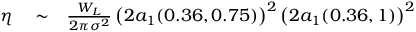
\begin{array} { r l r } { \eta } & { { } \sim } & { \frac { W _ { L } } { 2 \pi \sigma ^ { 2 } } \left( 2 a _ { 1 } ( 0 . 3 6 , 0 . 7 5 ) \right) ^ { 2 } \left( 2 a _ { 1 } ( 0 . 3 6 , 1 ) \right) ^ { 2 } } \end{array}